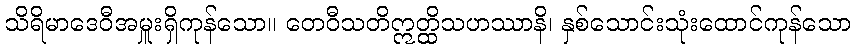
သိရိမာဒေဝီအမှူးရှိကုန်သော။ တေဝီသတိဣတ္ထိသဟဿာနိ၊ နှစ်သောင်းသုံးထောင်ကုန်သော